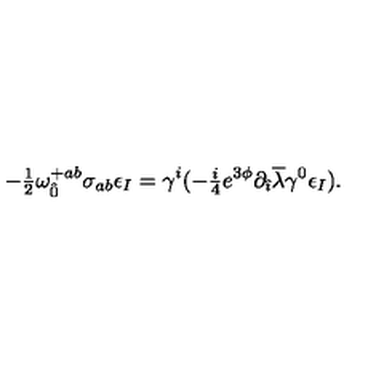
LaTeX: - { \textstyle \frac { 1 } { 2 } } \omega _ { \hat { 0 } } ^ { + a b } \sigma _ { a b } \epsilon _ { I } = \gamma ^ { i } ( - { \textstyle \frac { i } { 4 } } e ^ { 3 \phi } \partial _ { \hat { \imath } } \overline { { \lambda } } \gamma ^ { 0 } \epsilon _ { I } ) .